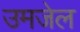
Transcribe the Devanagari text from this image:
उमजेल